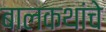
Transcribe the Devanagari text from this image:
बालकथांचे